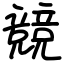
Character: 競